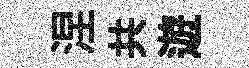
涅共遊